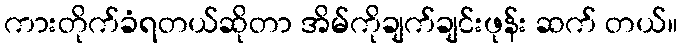
ကားတိုက်ခံရတယ်ဆိုတာ အိမ်ကိုချက်ချင်းဖုန်း ဆက် တယ်။